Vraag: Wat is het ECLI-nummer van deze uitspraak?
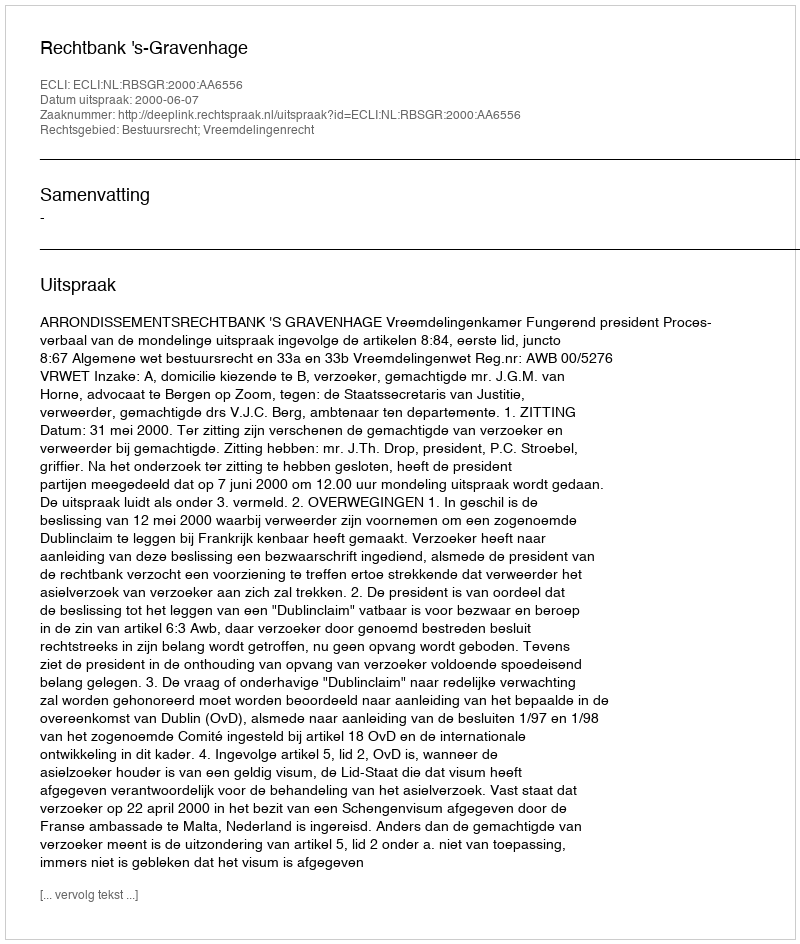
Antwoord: ECLI:NL:RBSGR:2000:AA6556